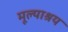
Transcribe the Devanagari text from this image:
मूल्याश्रय